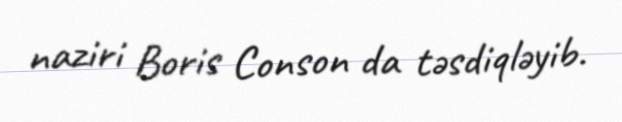
naziri Boris Conson da təsdiqləyib.